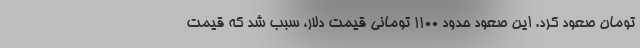
تومان صعود کرد. این صعود حدود ۱۱۰۰ تومانی قیمت دلار، سبب شد که قیمت